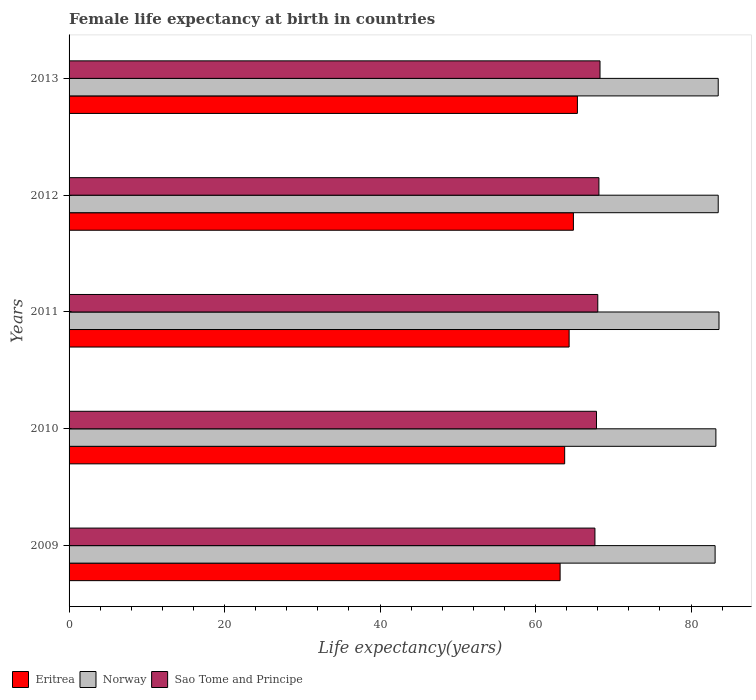
| Years | Eritrea | Norway | Sao Tome and Principe |
 | --- | --- | --- | --- |
 | 2009 | 63.2 | 83.1 | 67.6 |
 | 2010 | 63.7 | 83.2 | 67.8 |
 | 2011 | 64.3 | 83.6 | 68 |
 | 2012 | 64.9 | 83.5 | 68.2 |
 | 2013 | 65.4 | 83.5 | 68.3 |